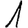
Digit: 1